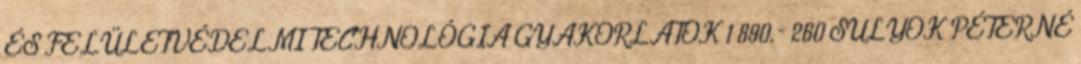
ÉS FELÜLETVÉDELMI TECHNOLÓGIA GYAKORLATOK 1 890,- 260 SULYOK PÉTERNÉ